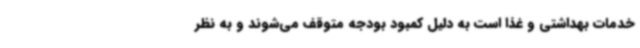
خدمات بهداشتی و غذا است به دلیل کمبود بودجه متوقف می‌شوند و به نظر